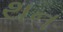
થન